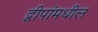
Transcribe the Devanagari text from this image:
द्वीपांमधील